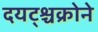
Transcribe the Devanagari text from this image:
दयट्श्चक्रोने